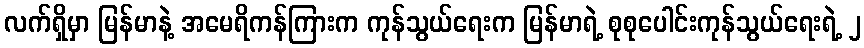
လက်ရှိမှာ မြန်မာနဲ့ အမေရိကန်ကြားက ကုန်သွယ်ရေးက မြန်မာရဲ့ စုစုပေါင်းကုန်သွယ်ရေးရဲ့ ၂